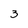
Character: 3